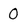
Character: 0